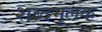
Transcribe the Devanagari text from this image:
शब्दमूलक